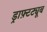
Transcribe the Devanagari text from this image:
ड्राफ़्टट्यूब